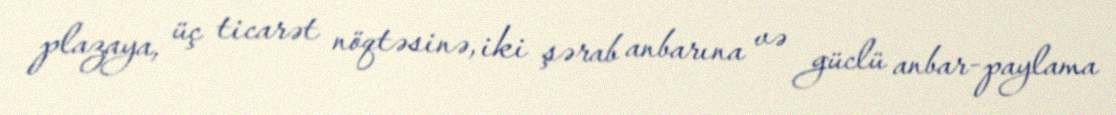
plazaya, üç ticarət nöqtəsinə, iki şərab anbarına və güclü anbar-paylama